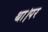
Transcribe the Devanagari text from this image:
था।पर